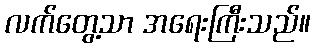
လက်တွေ့သာ အရေးကြီးသည်။